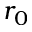
r _ { 0 }